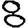
Digit: 8